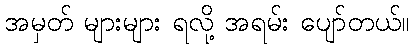
အမှတ် များများ ရလို့ အရမ်း ပျော်တယ်။